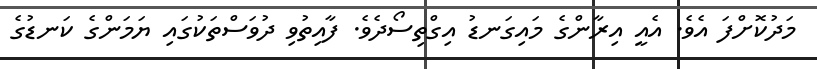
މަދުކޮށްފަ އެވެ. އެއީ އިރާންގެ މައިގަނޑު އިގްތިސޯދެވެ. ފާއިތުވި ދުވަސްތަކުގައި ޔަމަންގެ ކަނޑުގެ